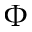
\Phi